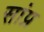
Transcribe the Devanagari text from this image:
सांप्र